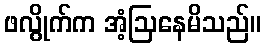
ဖလွိုက်က အံ့ဩနေမိသည်။